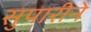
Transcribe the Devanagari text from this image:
सुपारीने